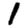
Digit: 1